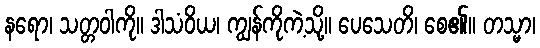
နရော၊ သတ္တဝါကို။ ဒါသံဝိယ၊ ကျွန်ကိုကဲ့သို့။ ပေသေတိ၊ စေ၏။ တသ္မာ၊